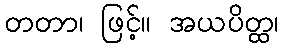
တတာ၊ ဖြင့်။ အယပိတ္ထ၊